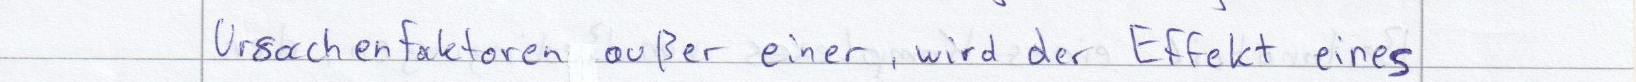
Ursachenfaktoren außer einer, wird der Effekt eines